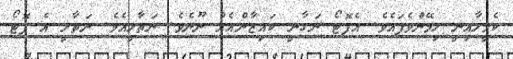
ކެމީލާއިނީ ހިމޭންވެފައެވެ. އެފޮޓޯ ނަގާނީ ކައިޒާންއެއް ނޫނެވެ. ނަތާލީއެވެ. ނަތާލީ އެ ފޮޓޯ